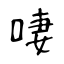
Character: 啛